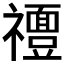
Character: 𱵴